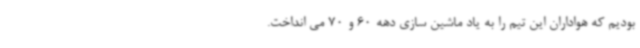
بودیم که هواداران این تیم را به یاد ماشین سازی دهه 60 و 70 می انداخت.